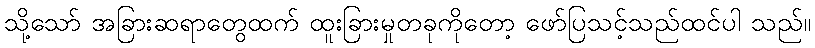
သို့သော် အခြားဆရာတွေထက် ထူးခြားမှုတခုကိုတော့ ဖော်ပြသင့်သည်ထင်ပါ သည်။